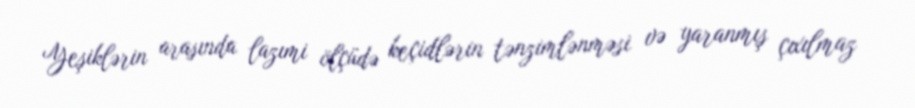
Yeşiklərin arasında lazımi ölçüdə keçidlərin tənzimlənməsi və yaranmış çıxılmaz